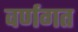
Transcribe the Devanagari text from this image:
वर्णगत